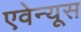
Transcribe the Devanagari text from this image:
एवेन्यूस